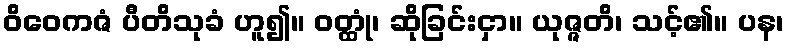
ဝိဝေကဇံ ပီတိသုခံ ဟူ၍။ ဝတ္ထုံ၊ ဆိုခြင်းငှာ။ ယုဇ္ဇတိ၊ သင့်၏။ ပန၊